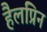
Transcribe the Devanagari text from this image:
हैलप्रिन